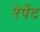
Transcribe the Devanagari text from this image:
रेपेंट